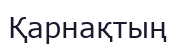
Қарнақтың